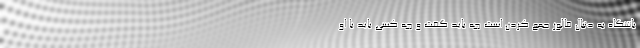
باشگاه به دنبال فالور جمع کردن است چه باید گفت و چه کسی باید با او